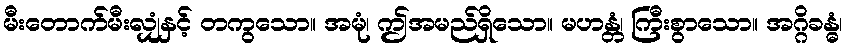
မီးတောက်မီးလျှံနှင့် တကွသော။ အမုံ၊ ဤအမည်ရှိသော။ မဟန္တံ၊ ကြီးစွာသော။ အဂ္ဂိခန္ဓံ၊